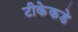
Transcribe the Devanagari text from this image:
टीकेकडे